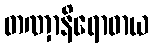
တဏှာနိရောဓာယ